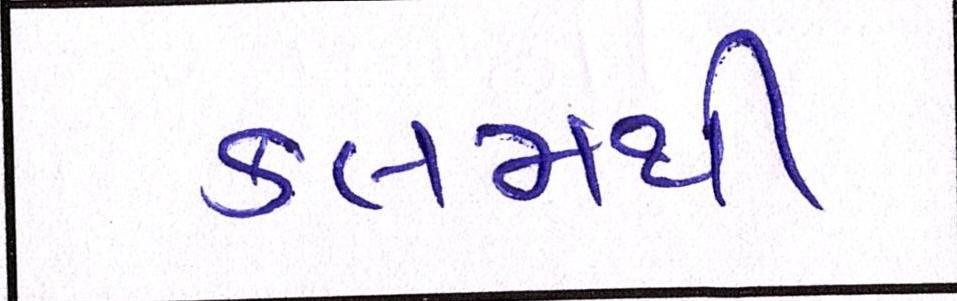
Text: કલમથી